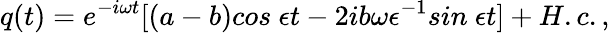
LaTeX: q(t)=e^{-i\omega t}[(a-b)cos~\epsilon t-2ib\omega\epsilon^{-1}sin~\epsilon t]+H.c.,